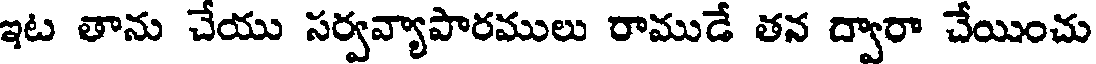
ఇట తాను చేయు సర్వవ్యాపారములు రాముడే తన ద్వారా చేయించు